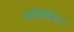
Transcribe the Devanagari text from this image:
मालिकिन